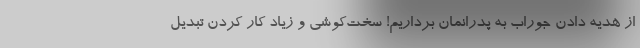
از هدیه دادن جوراب به پدرانمان برداریم! سخت‌کوشی و زیاد کار کردن تبدیل